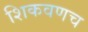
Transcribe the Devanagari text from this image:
शिकवणच